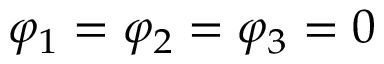
\varphi _ { 1 } = \varphi _ { 2 } = \varphi _ { 3 } = 0